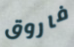
فاروق